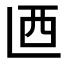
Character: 𰀾